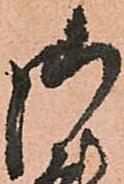
御